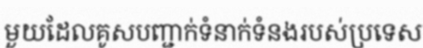
មួយដែលគូសបញ្ជាក់ទំនាក់ទំនងរបស់ប្រទេស